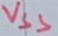
Text: VSS